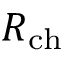
R _ { \mathrm { c h } }